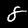
Digit: 8